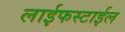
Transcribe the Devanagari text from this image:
लाईफस्टाईल